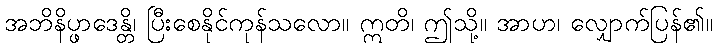
အဘိနိပ္ဖာဒေန္တိ၊ ပြီးစေနိုင်ကုန်သလော။ ဣတိ၊ ဤသို့။ အာဟ၊ လျှောက်ပြန်၏။